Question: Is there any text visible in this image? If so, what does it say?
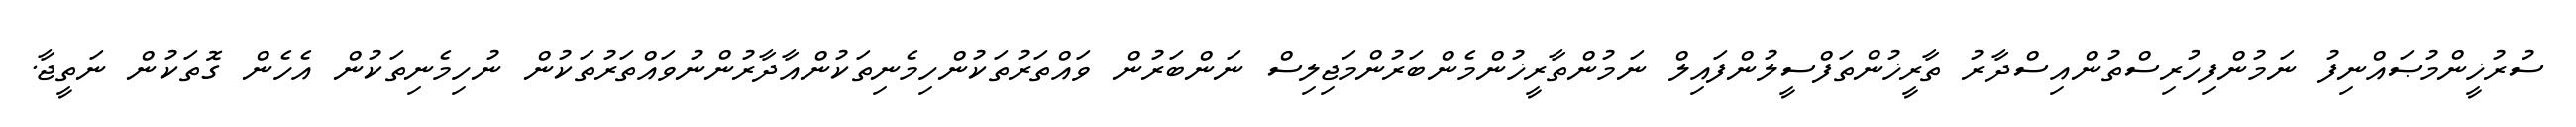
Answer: ސުރުޚީންމުޞައްނިފު ނަމުންފިހުރިސްތުންއިސްދާރު ތާރީޚުންތަފްސީލުންފައިލް ނަމުންތާރީޚުންމެންބަރުންމަޖިލިސް ނަންބަރުން ވައްތަރުތަކުންހިމެނިތަކުންއާދާރުންނުވައްތަރުތަކުން ނުހިމެނިތަކުން އެހެން ގޮތަކުން ނަތީޖާ.